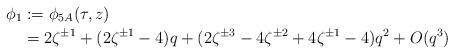
LaTeX: \begin{align*} \phi_1 &:= \phi_{5A}(\tau, z) \\ &= 2 \zeta^{\pm 1} + (2 \zeta^{\pm 1} - 4) q + (2 \zeta^{\pm 3} - 4 \zeta^{\pm 2} + 4 \zeta^{\pm 1} - 4) q^2 + O(q^3) \end{align*}